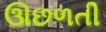
ઊછળતી